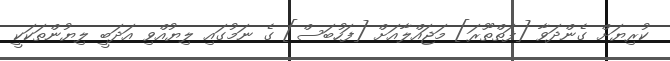
ކުރިޔަށް ގެންދަވާ [ފަތްތޫރަ] މަޖައްލާއަށް [ފަހުބަސް] ގެ ނަމުގައި ލިޔުއްވި އަދަބީ ލިޔުންތަކަކީ